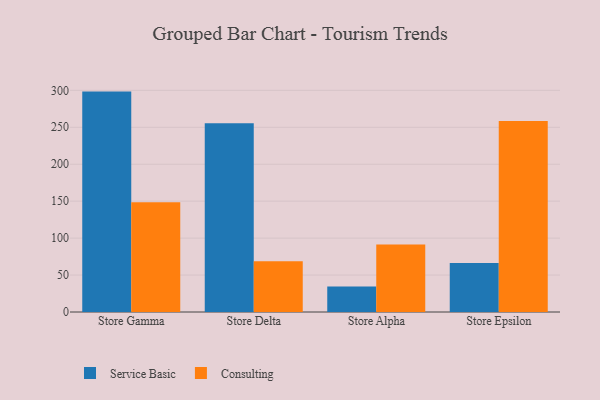
{"axis": {"x": "Store", "y": "Humidity (%)"}, "legend": ["Consulting", "Service Basic"], "data": [{"x": "Store Gamma", "y": 298.3, "type": "Service Basic"}, {"x": "Store Gamma", "y": 148.5, "type": "Consulting"}, {"x": "Store Delta", "y": 255.5, "type": "Service Basic"}, {"x": "Store Delta", "y": 68.7, "type": "Consulting"}, {"x": "Store Alpha", "y": 34.6, "type": "Service Basic"}, {"x": "Store Alpha", "y": 91.5, "type": "Consulting"}, {"x": "Store Epsilon", "y": 66.2, "type": "Service Basic"}, {"x": "Store Epsilon", "y": 258.6, "type": "Consulting"}]}